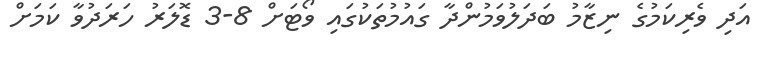
އަދި ވެރިކަމުގެ ނިޒާމު ބަދަލުވަމުންދާ ގައުމުތަކުގައި ވޯޓަށް 8-3 ޑޮލަރު ހަރަދުވާ ކަމަށް